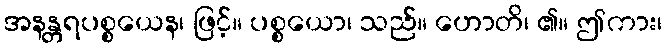
အနန္တရပစ္စယေန၊ ဖြင့်။ ပစ္စယော၊ သည်။ ဟောတိ၊ ၏။ ဤကား၊